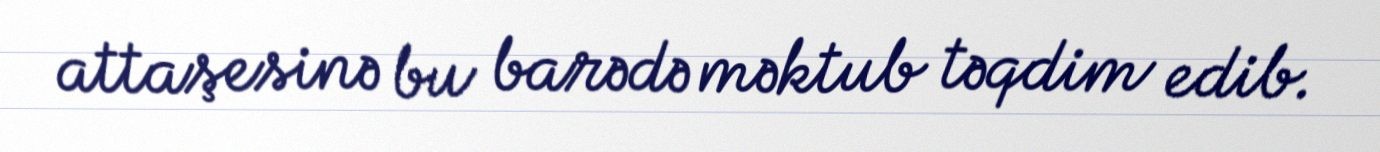
attaşesinə bu barədə məktub təqdim edib.